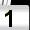
Digit: 1